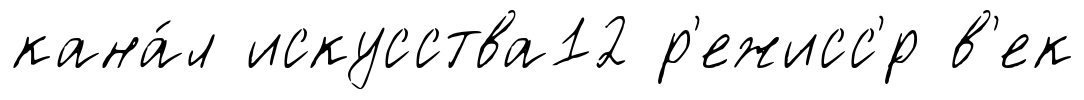
кана́л искусства12 р'ежисс'́р в'ек